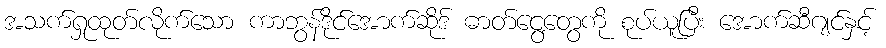
အသက်ရှုထုတ်လိုက်သော ကာဘွန်ဒိုင်အောက်ဆိုဒ် ဓာတ်ငွေ့တွေကို စုပ်ယူပြီး အောက်ဆီဂျင်နှင့်